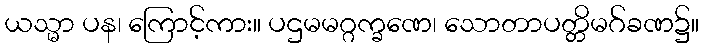
ယသ္မာ ပန၊ ကြောင့်ကား။ ပဌမမဂ္ဂက္ခဏေ၊ သောတာပတ္တိမဂ်ခဏ၌။